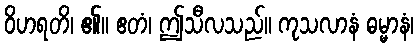
ဝိဟရတိ၊ ၏။ ဧတံ၊ ဤသီလသည်။ ကုသလာနံ ဓမ္မာနံ၊